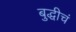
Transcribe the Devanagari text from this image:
बुद्धीचं